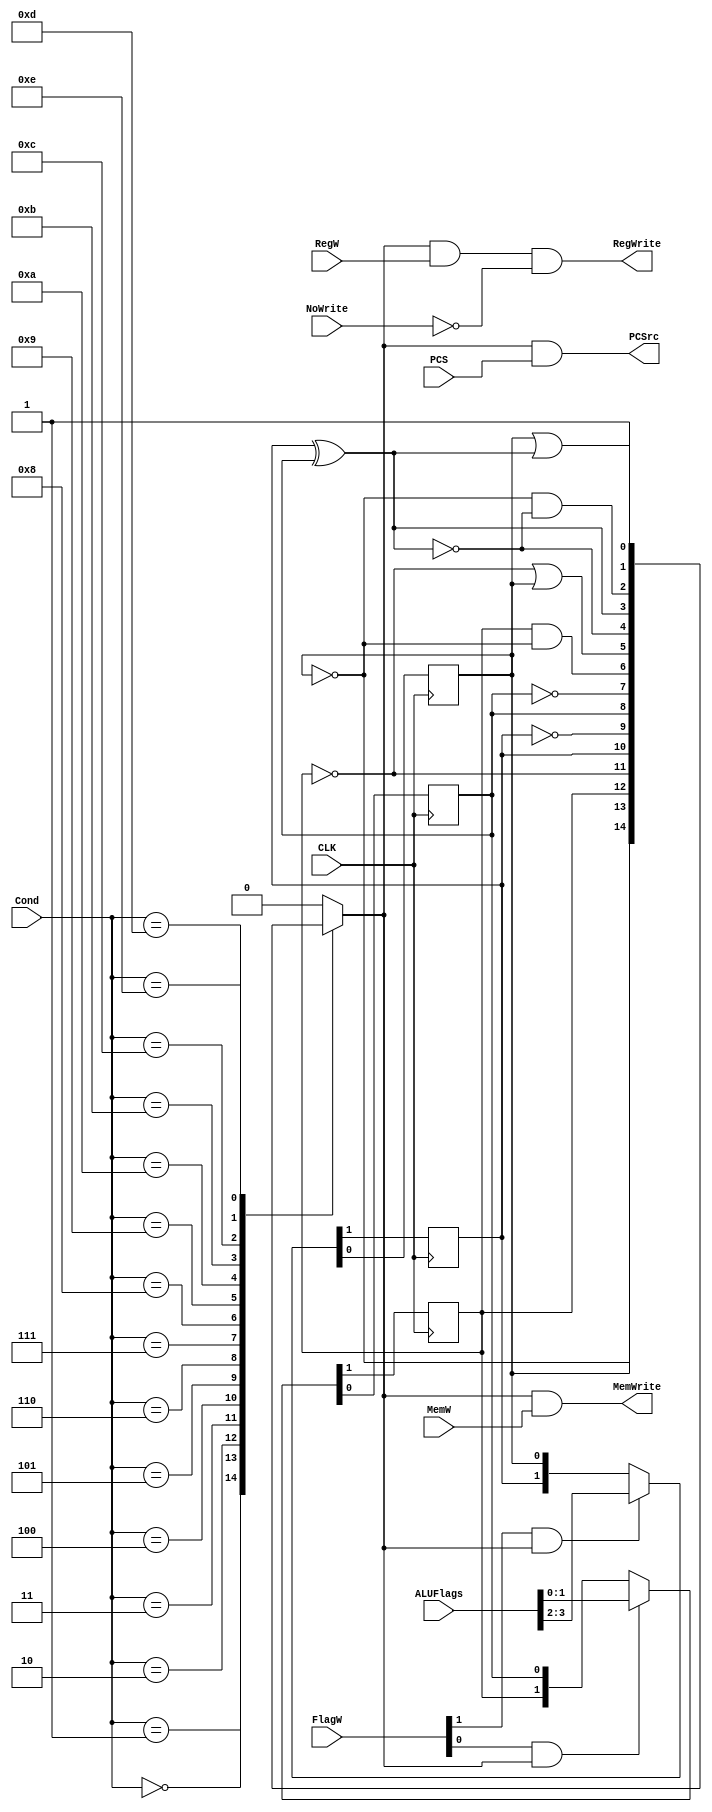
module CondLogic(
    input CLK,
    input PCS,
    input RegW,
    input MemW,
    input NoWrite,
    input [1:0] FlagW,
    input [3:0] Cond,
    input [3:0] ALUFlags,
    
    output PCSrc,
    output RegWrite,
    output MemWrite
    ); 
    reg CondEx;
    reg N = 0, Z = 0, C = 0, V = 0;

    // ===============================================
    //             Flags Register Update
    // ===============================================
    always @(posedge CLK) begin
        if (FlagW[1] && CondEx) begin
            {N,Z} <= ALUFlags[3:2];
        end
        else begin
            {N,Z} <= {N,Z};
        end   
    end

    always @(posedge CLK) begin
        if (FlagW[0] && CondEx) begin
            {C,V} <= ALUFlags[1:0];
        end
        else begin
            {C,V} <= {C,V};
        end   
    end

    // ================================================
    //      CondEX generate: use case statement
    // ================================================
    always @(*) begin
        case(Cond)
            4'b0000: CondEx = Z;
            4'b0001: CondEx = ~Z;
            4'b0010: CondEx = C;
            4'b0011: CondEx = ~C;
            4'b0100: CondEx = N;
            4'b0101: CondEx = ~N;
            4'b0110: CondEx = V;
            4'b0111: CondEx = ~V;
            4'b1000: CondEx = C & ~Z;
            4'b1001: CondEx = ~C | Z;
            4'b1010: CondEx = ~(N ^ V);
            4'b1011: CondEx = N ^ V;
            4'b1100: CondEx = ~Z & ~(N ^ V);
            4'b1101: CondEx = Z | (N ^ V);
            4'b1110: CondEx = 1;
            default: CondEx = 0;
        endcase
    end

    // ================================================
    //                   output stage
    // ================================================
    
    assign PCSrc    = CondEx & PCS ;
    assign RegWrite = CondEx & RegW & ~NoWrite;
    assign MemWrite = CondEx & MemW;
    
endmodule